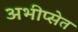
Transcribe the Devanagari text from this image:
अभीप्सेत